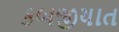
કબજીયાત